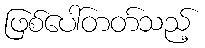
ဖြစ်ပေါ်တတ်သည့်